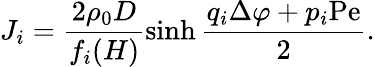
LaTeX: J_{i}=\frac{2\rho_{0}D}{f_{i}(H)}\sinh\frac{q_{i}\Delta\varphi+p_{i}\mathrm{Pe}}{2}.